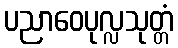
ပညာဝေပုလ္လသုတ္တံ